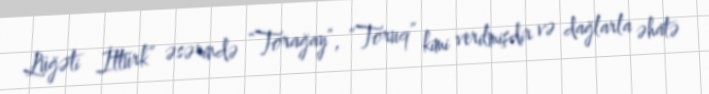
Lüğəti İttürk” əsərində “Torağay”, “Toruq” kimi verilmişdir və dağlarla əhatə